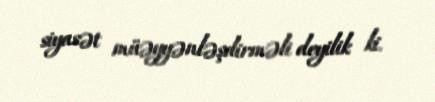
siyasət müəyyənləşdirməli deyilik ki.